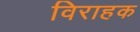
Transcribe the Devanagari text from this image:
विराहक